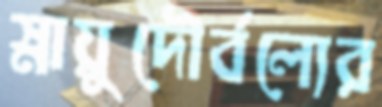
স্নায়ুদৌর্বল্যের